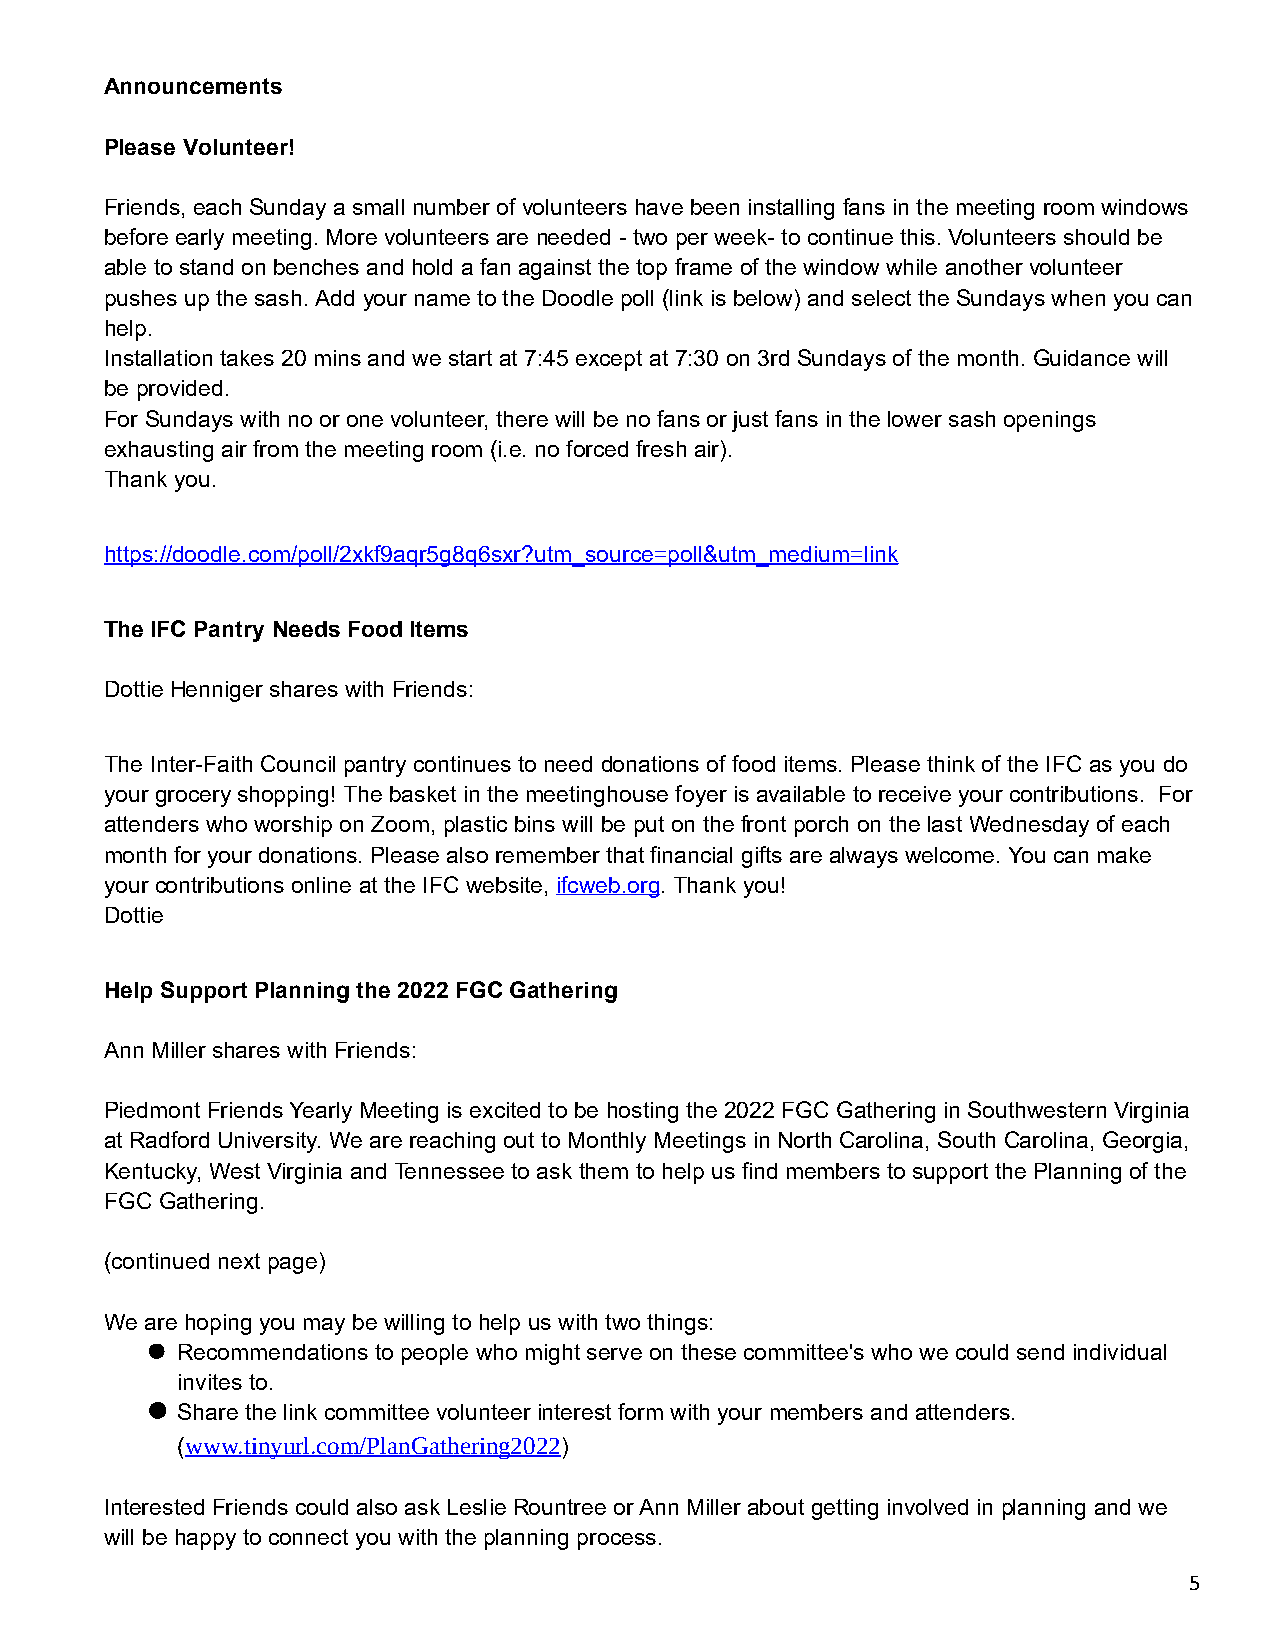
Announcements
 Please Volunteer!
 Friends, each Sunday a small number of volunteers have been installing fans in the meeting room windows
 before early meeting. More volunteers are needed - two per week- to continue this. Volunteers should be
 able to stand on benches and hold a fan against the top frame of the window while another volunteer
 pushes up the sash. Add your name to the Doodle poll (link is below) and select the Sundays when you can
 help.
 Installation takes 20 mins and we start at 7:45 except at 7:30 on 3rd Sundays of the month. Guidance will
 be provided.
 For Sundays with no or one volunteer, there will be no fans or just fans in the lower sash openings
 exhausting air from the meeting room (i.e. no forced fresh air).
 Thank you.
 https://doodle.com/poll/2xkf9aqr5g8q6sxr?utm_source=poll&utm_medium=link
 The IFC Pantry Needs Food Items
 Dottie Henniger shares with Friends:
 The Inter-Faith Council pantry continues to need donations of food items. Please think of the IFC as you do
 your grocery shopping! The basket in the meetinghouse foyer is available to receive your contributions. For
 attenders who worship on Zoom, plastic bins will be put on the front porch on the last Wednesday of each
 month for your donations. Please also remember that financial gifts are always welcome. You can make
 your contributions online at the IFC website, ifcweb.org. Thank you!
 Dottie
 Help Support Planning the 2022 FGC Gathering
 Ann Miller shares with Friends:
 Piedmont Friends Yearly Meeting is excited to be hosting the 2022 FGC Gathering in Southwestern Virginia
 at Radford University. We are reaching out to Monthly Meetings in North Carolina, South Carolina, Georgia,
 Kentucky, West Virginia and Tennessee to ask them to help us find members to support the Planning of the
 FGC Gathering.
 (continued next page)
 We are hoping you may be willing to help us with two things:
  Recommendations to people who might serve on these committee's who we could send individual
 invites to.
  Share the link committee volunteer interest form with your members and attenders.
 (www.tinyurl.com/PlanGathering2022)
 Interested Friends could also ask Leslie Rountree or Ann Miller about getting involved in planning and we
 will be happy to connect you with the planning process.
 5